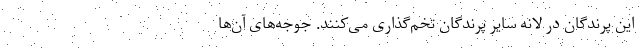
این پرندگان در لانه سایر پرندگان تخم‌گذاری ‌می‌کنند. جوجه‌های آن‌ها